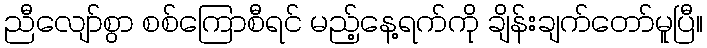
ညီလျော်စွာ စစ်ကြောစီရင် မည့်နေ့ရက်ကို ချိန်းချက်တော်မူပြီ။